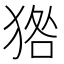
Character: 㹾